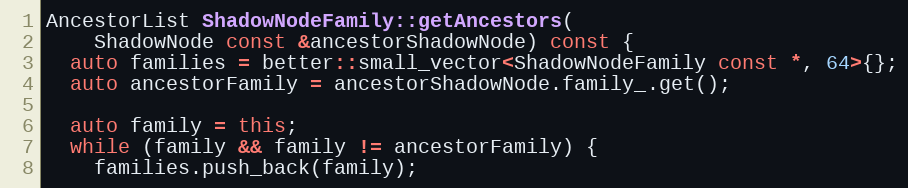
Language: C++
AncestorList ShadowNodeFamily::getAncestors(
    ShadowNode const &ancestorShadowNode) const {
  auto families = better::small_vector<ShadowNodeFamily const *, 64>{};
  auto ancestorFamily = ancestorShadowNode.family_.get();

  auto family = this;
  while (family && family != ancestorFamily) {
    families.push_back(family);